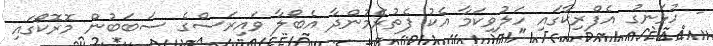
- ހުޅަނގު އެފްރިކާގައި ހަލުވިކަމާ އެކު ފެތުރެމުންދާ އެބޯލާ ވައިރަސްގެ ސަބަބުން މޮރޮކޯގައި